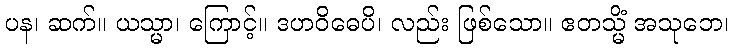
ပန၊ ဆက်။ ယသ္မာ၊ ကြောင့်။ ဒဟဝိဓေပိ၊ လည်း ဖြစ်သော။ ဧတသ္မိံ အသုဘေ၊